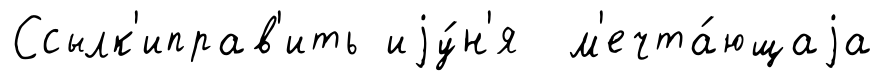
Ссылк'иправ'ить иjу́н'я м'ечта́ющаjа